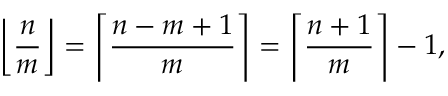
\left\lfloor { \frac { n } { m } } \right\rfloor = \left\lceil { \frac { n - m + 1 } { m } } \right\rceil = \left\lceil { \frac { n + 1 } { m } } \right\rceil - 1 ,